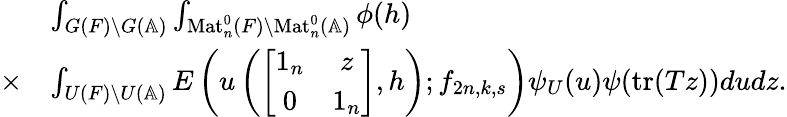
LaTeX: \begin{array}{rl}&{\int_{G(F)\backslash G(\mathbb{A})}\int_{\mathrm{Mat}_{n}^{0}(F)\backslash\mathrm{Mat}_{n}^{0}(\mathbb{A})}\phi(h)}\\ {\times}&{\int_{U(F)\backslash U(\mathbb{A})}E\left(u\left(\left[\begin{array}{cc}{1_{n}}&{z}\\ {0}&{1_{n}}\end{array}\right],h\right);f_{2n,k,s}\right)\psi_{U}(u)\psi(\mathrm{tr}(Tz))dudz.}\end{array}